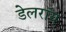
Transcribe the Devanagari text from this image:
डेलराॅय